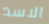
الاسد